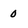
Character: 0